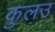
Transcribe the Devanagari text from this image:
कुलउ